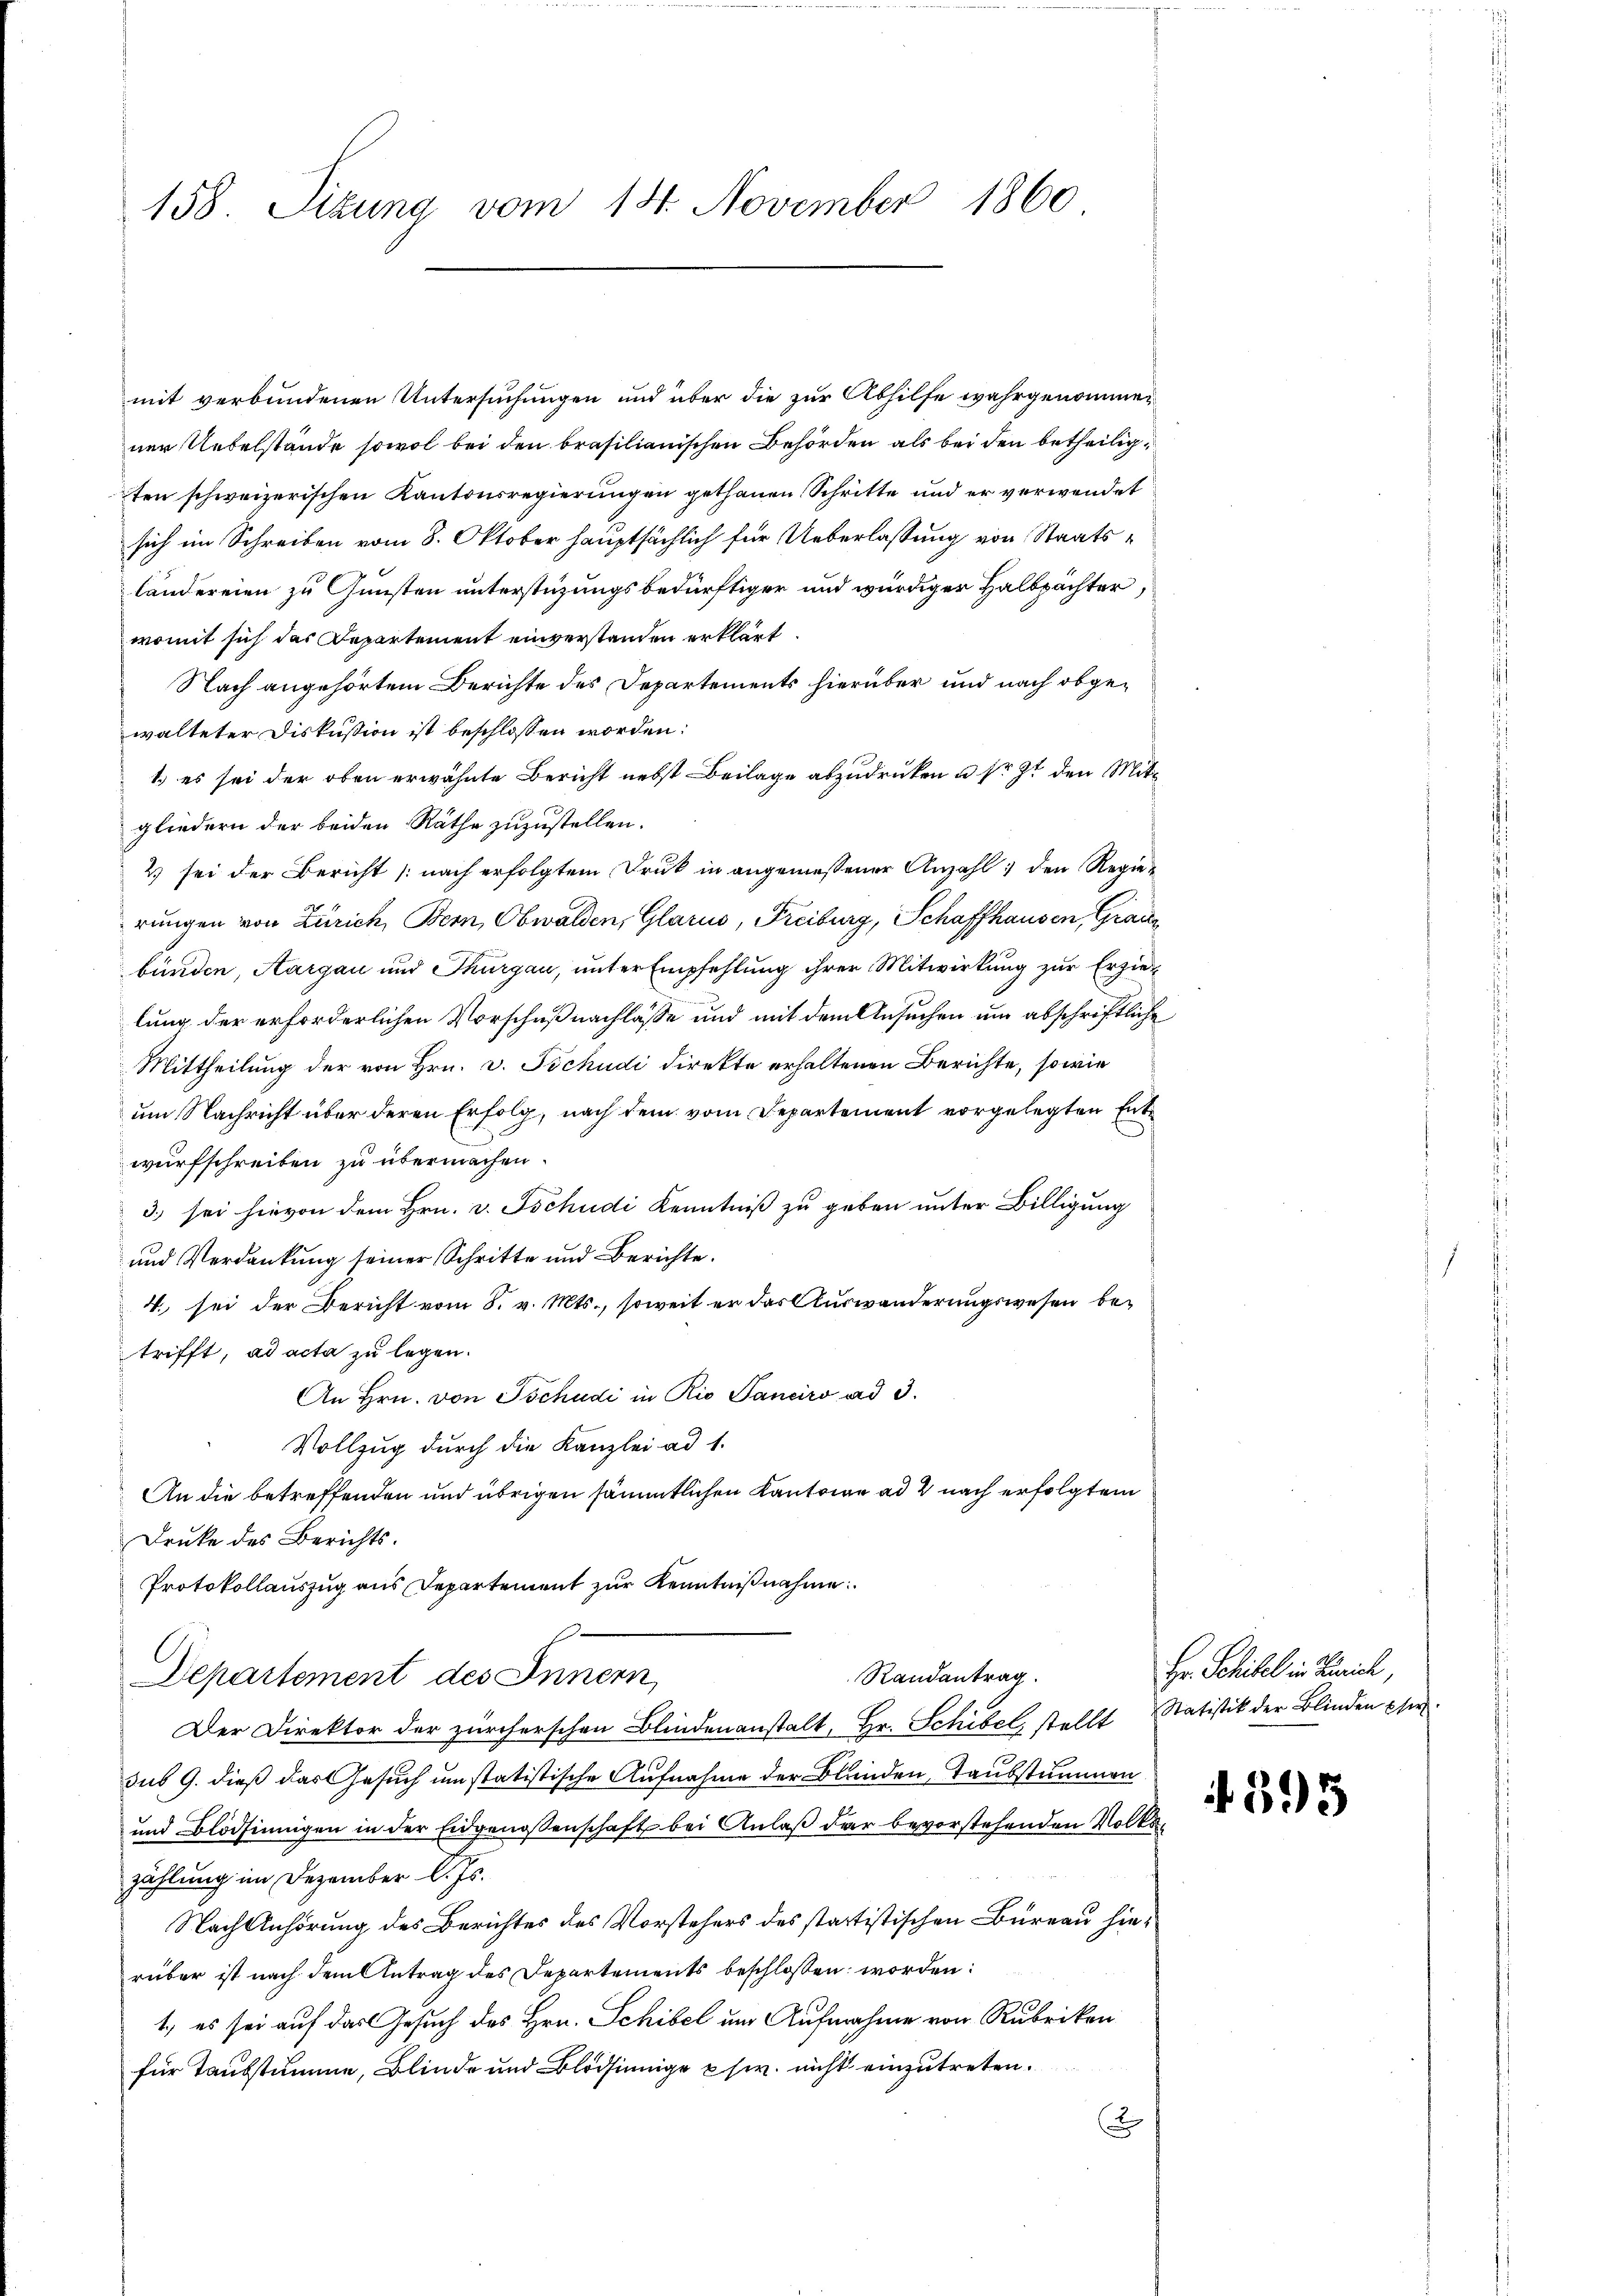
158. Sitzung vom 14. November 1860

mit verbundenen Untersuchungen und über die zur Abhilfe wahrgenommen
ner Uebelstände sowol bei den brasilianischen Behörden als bei den betheiligten schweizerischen Kantonsregierungen gethanen Schritte und er verwendet
sich im Schreiben vom 8. Oktober hauptsächlich für Ueberlassung von Staatsländereien zu Gunsten unterstüzungsbedürftiger und würdiger Halbpachter,
womit sich das Departement einverstanden erklärt.
Nach angehörtem Berichte des Departements hierüber und nach obgewalteter Diskussion ist beschlossen worden:
1.) es sei der oben erwähnte Bericht nebst Beilage abzudrucken u. sr. Zt. den Mitgliedern der beiden Räthe zuzustellen.
2) sei der Bericht (nach erfolgtem Druck in angemessener Anzahl den Regierungen von Zürich, Bern, Obwalden, Glarus, Freiburg, Schaffhausen, Grade
bünden, Aargau und Thurgau, unter Empfehlung ihrer Mitwirkung zur Erziel
lung der erforderlichen Vorschuß nachlasse und mit dem Ansuchen um abschriftliche
Mittheilung der von Hrn. v. Tschudi direkte erhaltenen Berichte, sowie
um Nachricht über deren Erfolg, nach dem vom Departement vorgelegten Entwurfschreiben zu übermachen.
3) sei hievon dem Hrn. v. Tschudi Kenntniß zu geben unter Billigung
und Verdankung seiner Schritte und Berichte.
4. sei der Bericht vom 8. v. Mts., soweit er das Auswanderungswesen betrifft, ad acta zu legen.
An Hrn. von Tschudi in Rio Sanciro ad 3.
Vollzug durch die Kanzlei ad 1.
An die betreffenden und übrigen sämmtlichen Kantone ad 2 nach erfolgtem
Druke des Berichts.
Protokollauszug aus Departement zur Kenntnißnahme
Randantrag.
Departement des Innern,
Der Direktor der zürcherschen Blindenanstalt, Hr. Schibel, stellt Statistik der Blinden Eher
sus 9. dieß das Gesuch um statistische Aufnahme der Blunden, Taubstummen
und Blödsinnigen in der Eidgenossenschaft bei Anlaß der bevorstehenden Volkszählung im Dezember l. Js.
Nach Anhörung des Berichtes des Vorstehers des statistischen Bureau hierüber ist nach dem Antrag des Departements beschlossen worden:
1., es sei auf das Gesuch des Hrn. Schibel um Aufnahme von Rubriken
für Taubstumme, Blinde und Blödsinnige usw. nicht einzutreten.
2

Hr. Schifel in Zürich,

395